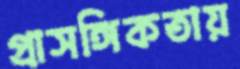
প্রাসঙ্গিকতায়